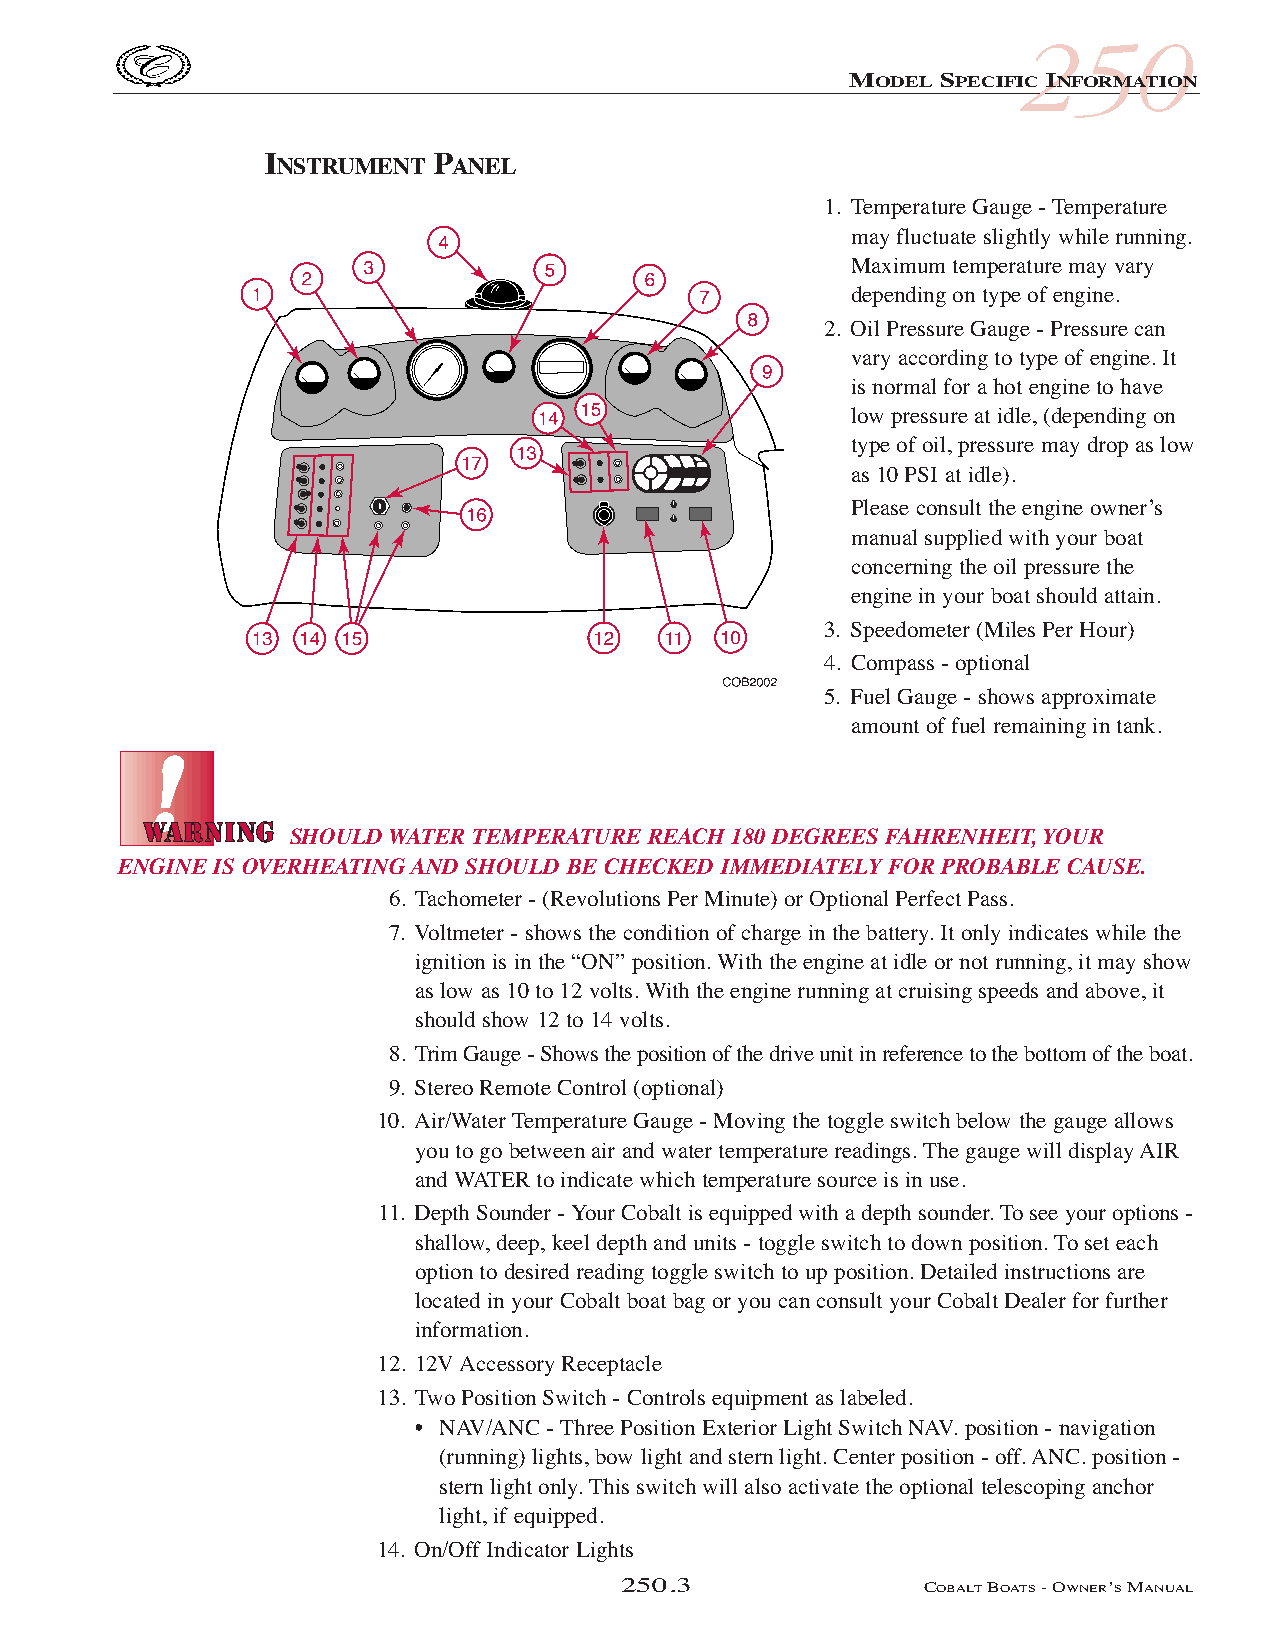
COB_05 Sect 250.qxd 3/18/05 9:27 AM Page 250.3
 250
 MODEL SPECIFIC INFORMATION
 INSTRUMENT PANEL
 1. Temperature Gauge - Temperature
 may fluctuate slightly while running.
 Maximum temperature may vary
 depending on type of engine.
 2. Oil Pressure Gauge - Pressure can
 vary according to type of engine. It
 is normal for a hot engine to have
 low pressure at idle, (depending on
 type of oil, pressure may drop as low
 as 10 PSI at idle).
 Please consult the engine owner’s
 manual supplied with your boat
 concerning the oil pressure the
 engine in your boat should attain.
 3. Speedometer (Miles Per Hour)
 4. Compass - optional
 5. Fuel Gauge - shows approximate
 amount of fuel remaining in tank.
 SHOULD WATER TEMPERATURE REACH 180 DEGREES FAHRENHEIT, YOUR
 ENGINE IS OVERHEATING AND SHOULD BE CHECKED IMMEDIATELY FOR PROBABLE CAUSE.
 6. Tachometer - (Revolutions Per Minute) or Optional Perfect Pass.
 7. Voltmeter - shows the condition of charge in the battery. It only indicates while the
 ignition is in the “ON” position. With the engine at idle or not running, it may show
 as low as 10 to 12 volts. With the engine running at cruising speeds and above, it
 should show 12 to 14 volts.
 8. Trim Gauge - Shows the position of the drive unit in reference to the bottom of the boat.
 9. Stereo Remote Control (optional)
 10. Air/Water Temperature Gauge - Moving the toggle switch below the gauge allows
 you to go between air and water temperature readings. The gauge will display AIR
 and WATER to indicate which temperature source is in use.
 11. Depth Sounder - Your Cobalt is equipped with a depth sounder. To see your options -
 shallow, deep, keel depth and units - toggle switch to down position. To set each
 option to desired reading toggle switch to up position. Detailed instructions are
 located in your Cobalt boat bag or you can consult your Cobalt Dealer for further
 information.
 12. 12VAccessory Receptacle
 13. Two Position Switch - Controls equipment as labeled.
 • NAV/ANC - Three Position Exterior Light Switch NAV. position - navigation
 (running) lights, bow light and stern light. Center position - off. ANC. position -
 stern light only. This switch will also activate the optional telescoping anchor
 light, if equipped.
 14. On/Off Indicator Lights
 250.3               COBALTBOATS- OWNER’SMANUAL